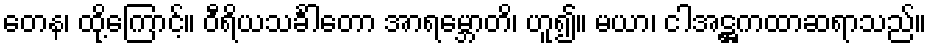
တေန၊ ထို့ကြောင့်။ ဝီရိယသင်္ခါတော အာရမ္ဘောတိ၊ ဟူ၍။ မယာ၊ ငါအဋ္ဌကထာဆရာသည်။